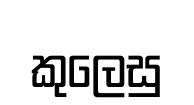
කුලෙසු